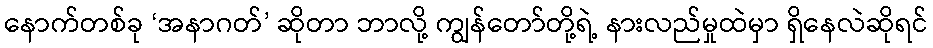
နောက်တစ်ခု ‘အနာဂတ်’ ဆိုတာ ဘာလို့ ကျွန်တော်တို့ရဲ့ နားလည်မှုထဲမှာ ရှိနေလဲဆိုရင်